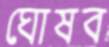
ঘোষব